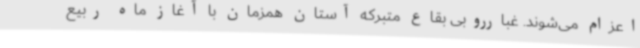
اعزام می‌شوند. غبارروبی بقاع متبرکه آستان همزمان با آغاز ماه ربیع